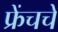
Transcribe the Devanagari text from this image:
फ्रेंचचे